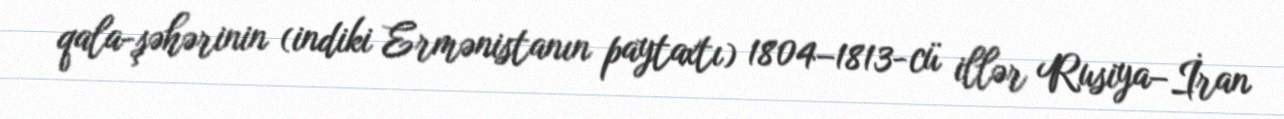
qala-şəhərinin (indiki Ermənistanın paytaxtı) 1804–1813-cü illər Rusiya–İran